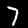
Digit: 7